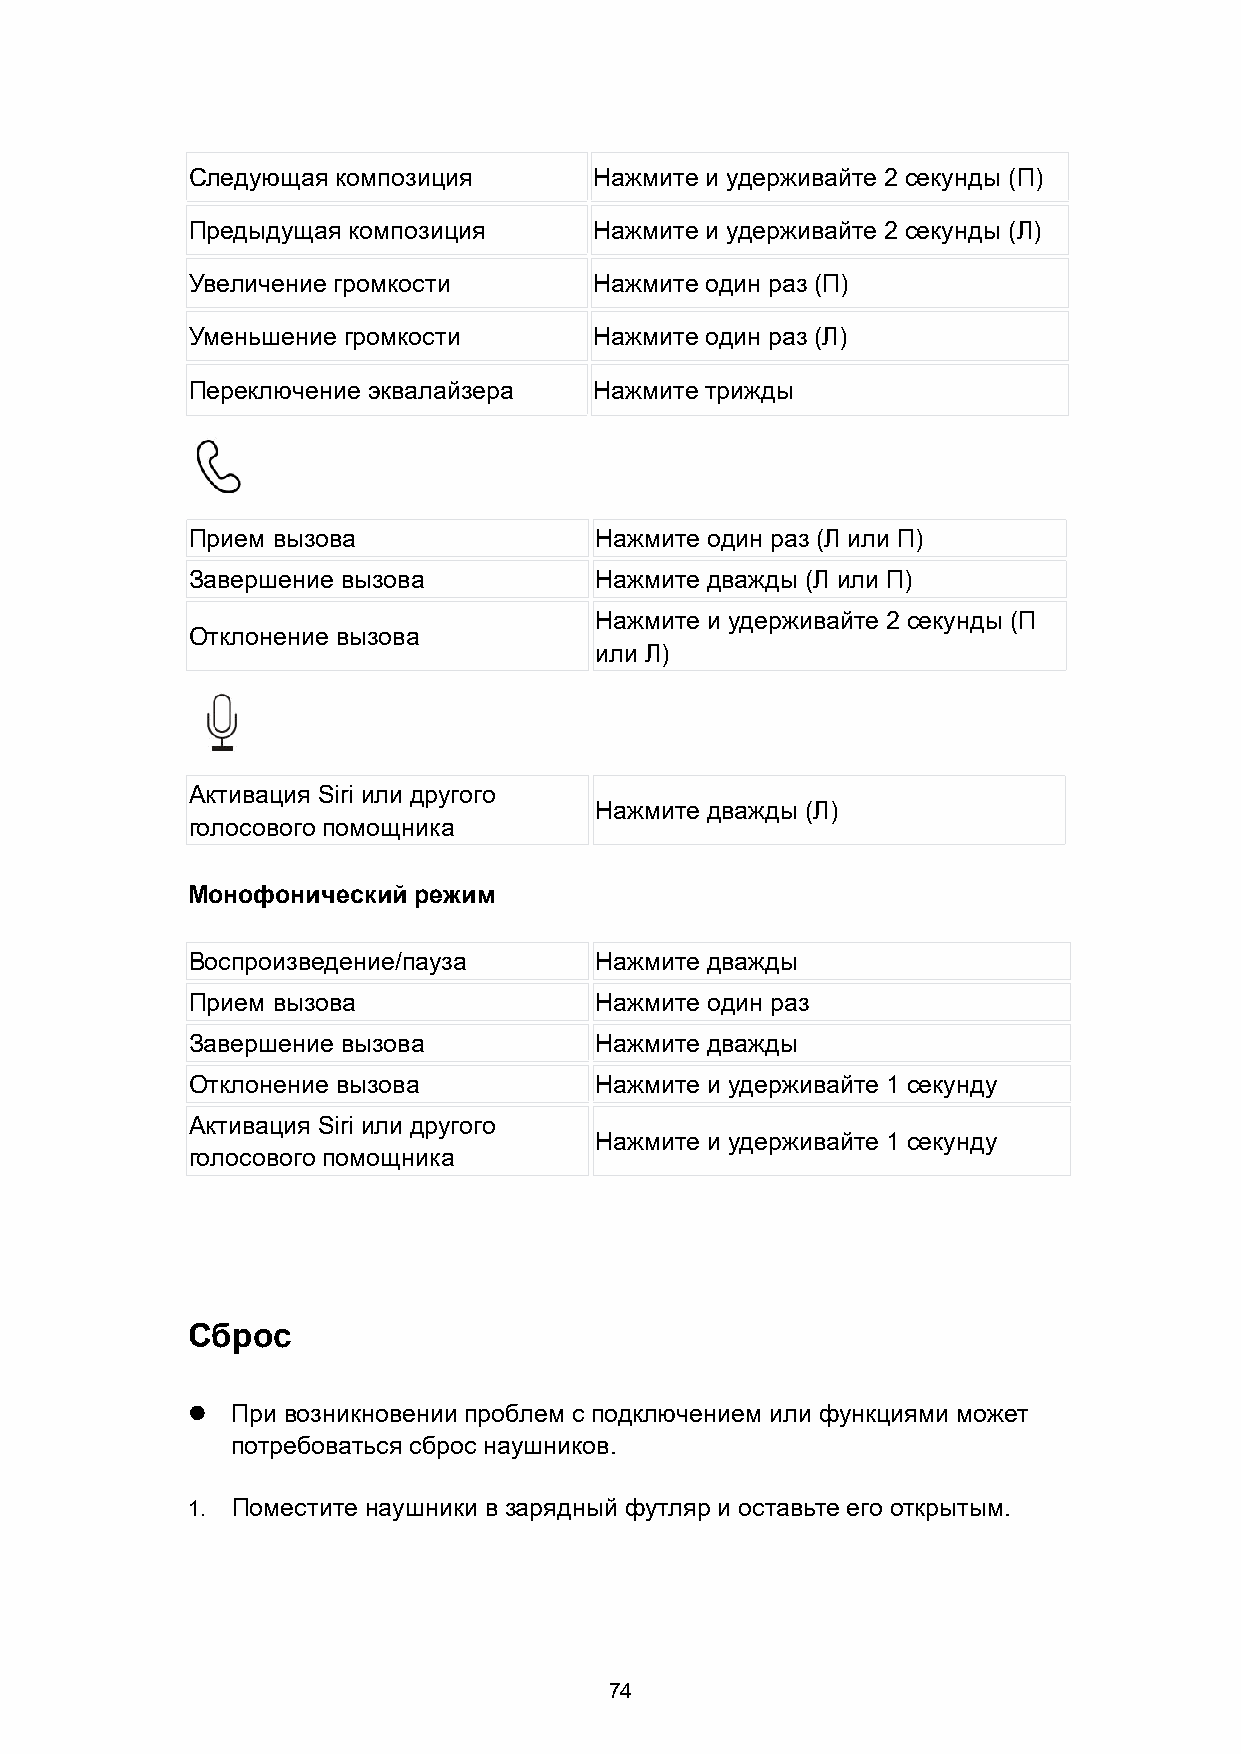
Следующая композиция       Нажмите и удерживайте 2 секунды (П)
 Предыдущая композиция      Нажмите и удерживайте 2 секунды (Л)
 Увеличение громкости       Нажмите один раз (П)
 Уменьшение громкости       Нажмите один раз (Л)
 Переключение эквалайзера   Нажмите трижды
 Прием вызова               Нажмите один раз (Л или П)
 Завершение вызова          Нажмите дважды (Л или П)
 Нажмите и удерживайте 2 секунды (П
 Отклонение вызова
 или Л)
 Активация Siri или другого
 Нажмите дважды (Л)
 голосового помощника
 Монофонический режим
 Воспроизведение/пауза      Нажмите дважды
 Прием вызова               Нажмите один раз
 Завершение вызова          Нажмите дважды
 Отклонение вызова          Нажмите и удерживайте 1 секунду
 Активация Siri или другого
 Нажмите и удерживайте 1 секунду
 голосового помощника
 Сброс
   При возникновении проблем с подключением или функциями может
 потребоваться сброс наушников.
 1. Поместите наушники в зарядный футляр и оставьте его открытым.
 74